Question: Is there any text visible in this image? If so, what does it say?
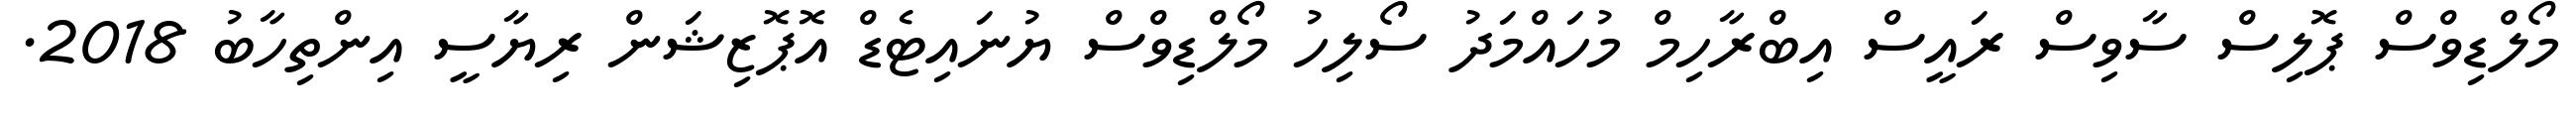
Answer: މޯލްޑިވްސް ޕޮލިސް ސާވިސް ރައީސް އިބްރާހިމް މުހައްމަދު ސޯލިހު މޯލްޑިވްސް ޔުނައިޓެޑް އޮޕޮޒިޝަން ރިޔާސީ އިންތިހާބު 2018.